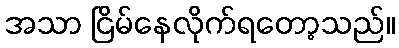
အသာ ငြိမ်နေလိုက်ရတော့သည်။